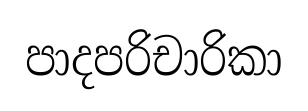
පාදපරිචාරිකා